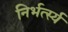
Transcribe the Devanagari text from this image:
निर्भर्त्स्य